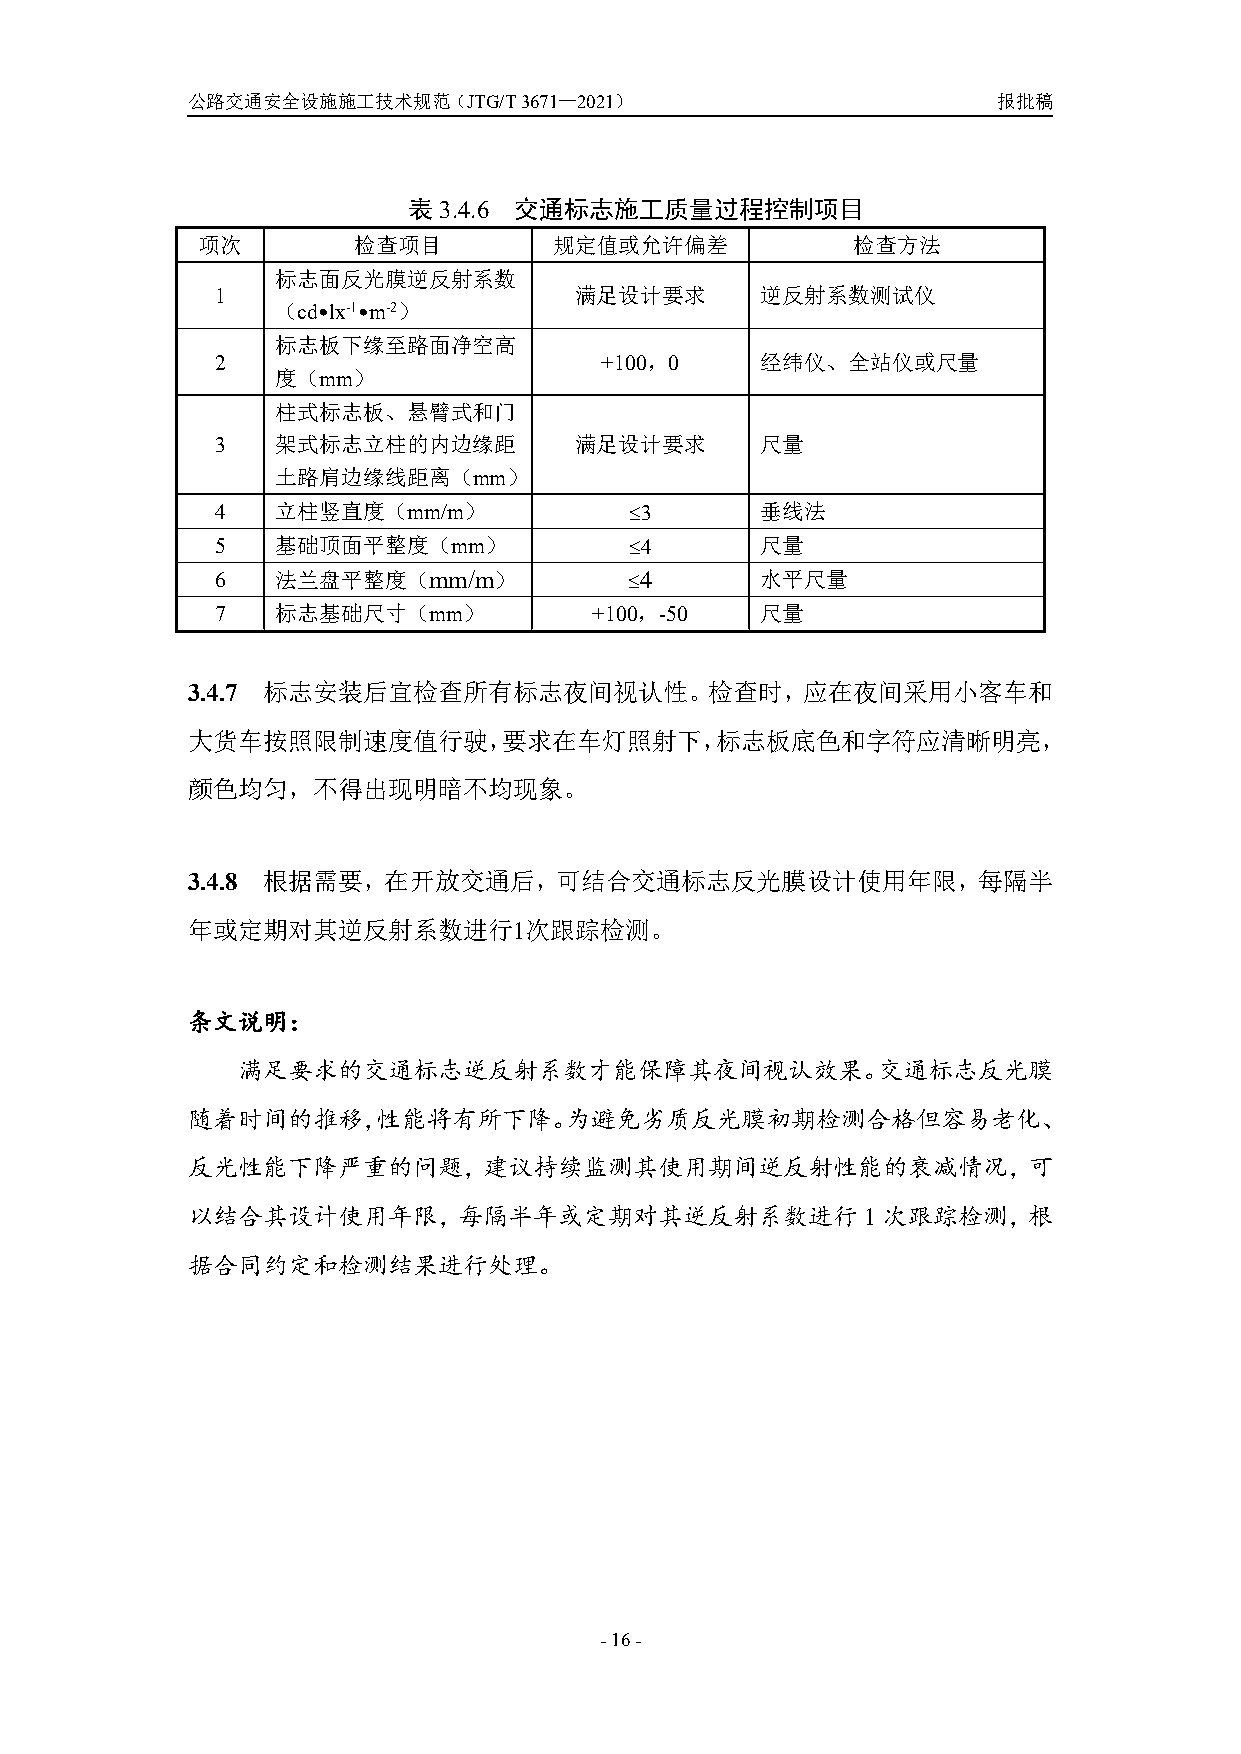
公路交通安全设施施工技术规范（JTG/T3671—2021）                        报批稿
 表3.4.6 交通标志施工质量过程控制项目
 项次        检查项目          规定值或允许偏差           检查方法
 标志面反光膜逆反射系数
 1                       满足设计要求      逆反射系数测试仪
 （cd•lx-1•m-2）
 标志板下缘至路面净空高
 2                         +100，0    经纬仪、全站仪或尺量
 度（mm）
 柱式标志板、悬臂式和门
 3   架式标志立柱的内边缘距         满足设计要求      尺量
 土路肩边缘线距离（mm）
 4   立柱竖直度（mm/m）             3      垂线法
 5   基础顶面平整度（mm）             4      尺量
 6   法兰盘平整度（mm/m）            4      水平尺量
 7   标志基础尺寸（mm）           +100，-50   尺量
 3.4.7 标志安装后宜检查所有标志夜间视认性。检查时，应在夜间采用小客车和
 大货车按照限制速度值行驶，要求在车灯照射下，标志板底色和字符应清晰明亮，
 颜色均匀，不得出现明暗不均现象。
 3.4.8 根据需要，在开放交通后，可结合交通标志反光膜设计使用年限，每隔半
 年或定期对其逆反射系数进行1次跟踪检测。
 条文说明：
 满足要求的交通标志逆反射系数才能保障其夜间视认效果。交通标志反光膜
 随着时间的推移，性能将有所下降。为避免劣质反光膜初期检测合格但容易老化、
 反光性能下降严重的问题，建议持续监测其使用期间逆反射性能的衰减情况，可
 以结合其设计使用年限，每隔半年或定期对其逆反射系数进行1次跟踪检测，根
 据合同约定和检测结果进行处理。
 -16-